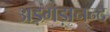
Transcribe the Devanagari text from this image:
अड़गड़ानन्द